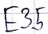
Text: E3.5